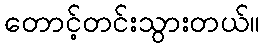
တောင့်တင်းသွားတယ်။